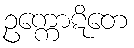
ဥက္ကောဋိတေ